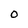
Character: O